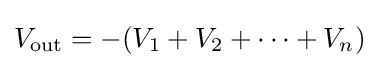
V_{\text{out}}=-(V_{1}+V_{2}+\cdots +V_{n})\!